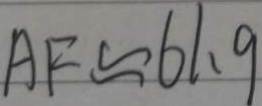
A F \approx 6 1 . 9